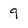
Character: 9